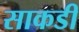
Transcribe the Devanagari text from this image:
साकडी